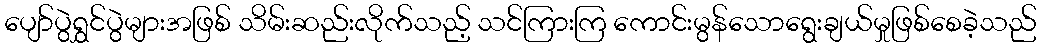
ပျော်ပွဲရွှင်ပွဲများအဖြစ် သိမ်းဆည်းလိုက်သည့် သင်ကြားကြ ကောင်းမွန်သောရွေးချယ်မှုဖြစ်စေခဲ့သည်